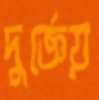
দুর্জ্ঞেয়